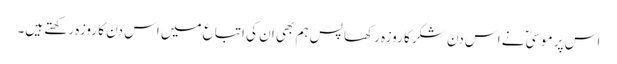
اس پر موسیٰ ؑ نے اس دن شکر کا روزہ رکھا پس ہم بھی ان کی اتباع میں اس دن کا روزہ رکھتے ہیں۔